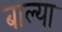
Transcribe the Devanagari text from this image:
बाल्या